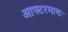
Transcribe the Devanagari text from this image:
आफ्टरमाथः